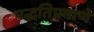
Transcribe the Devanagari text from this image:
पद्धतिप्रमाणे